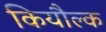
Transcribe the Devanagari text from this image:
कियौल्क